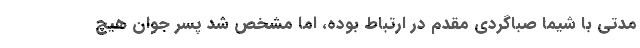
مدتی با شیما صباگردی مقدم در ارتباط بوده، اما مشخص شد پسر جوان هیچ